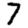
Digit: 7